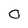
Character: O